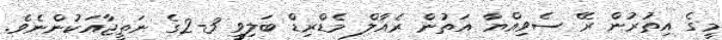
މީގެ އިތުރުން ރޭ ސެވިއްޔާ އަތުން ރެއާލް މެޑްރިޑް ބަލިވީ 3-2ގެ ނަތީޖާއަކުންނެވެ.